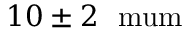
1 0 \pm 2 ~ \mathrm { \ m u m }